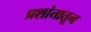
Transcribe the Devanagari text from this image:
प्रशांतातून